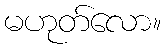
မဟုတ်လော။